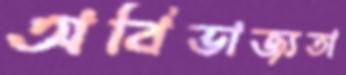
অবিভাজ্যতা